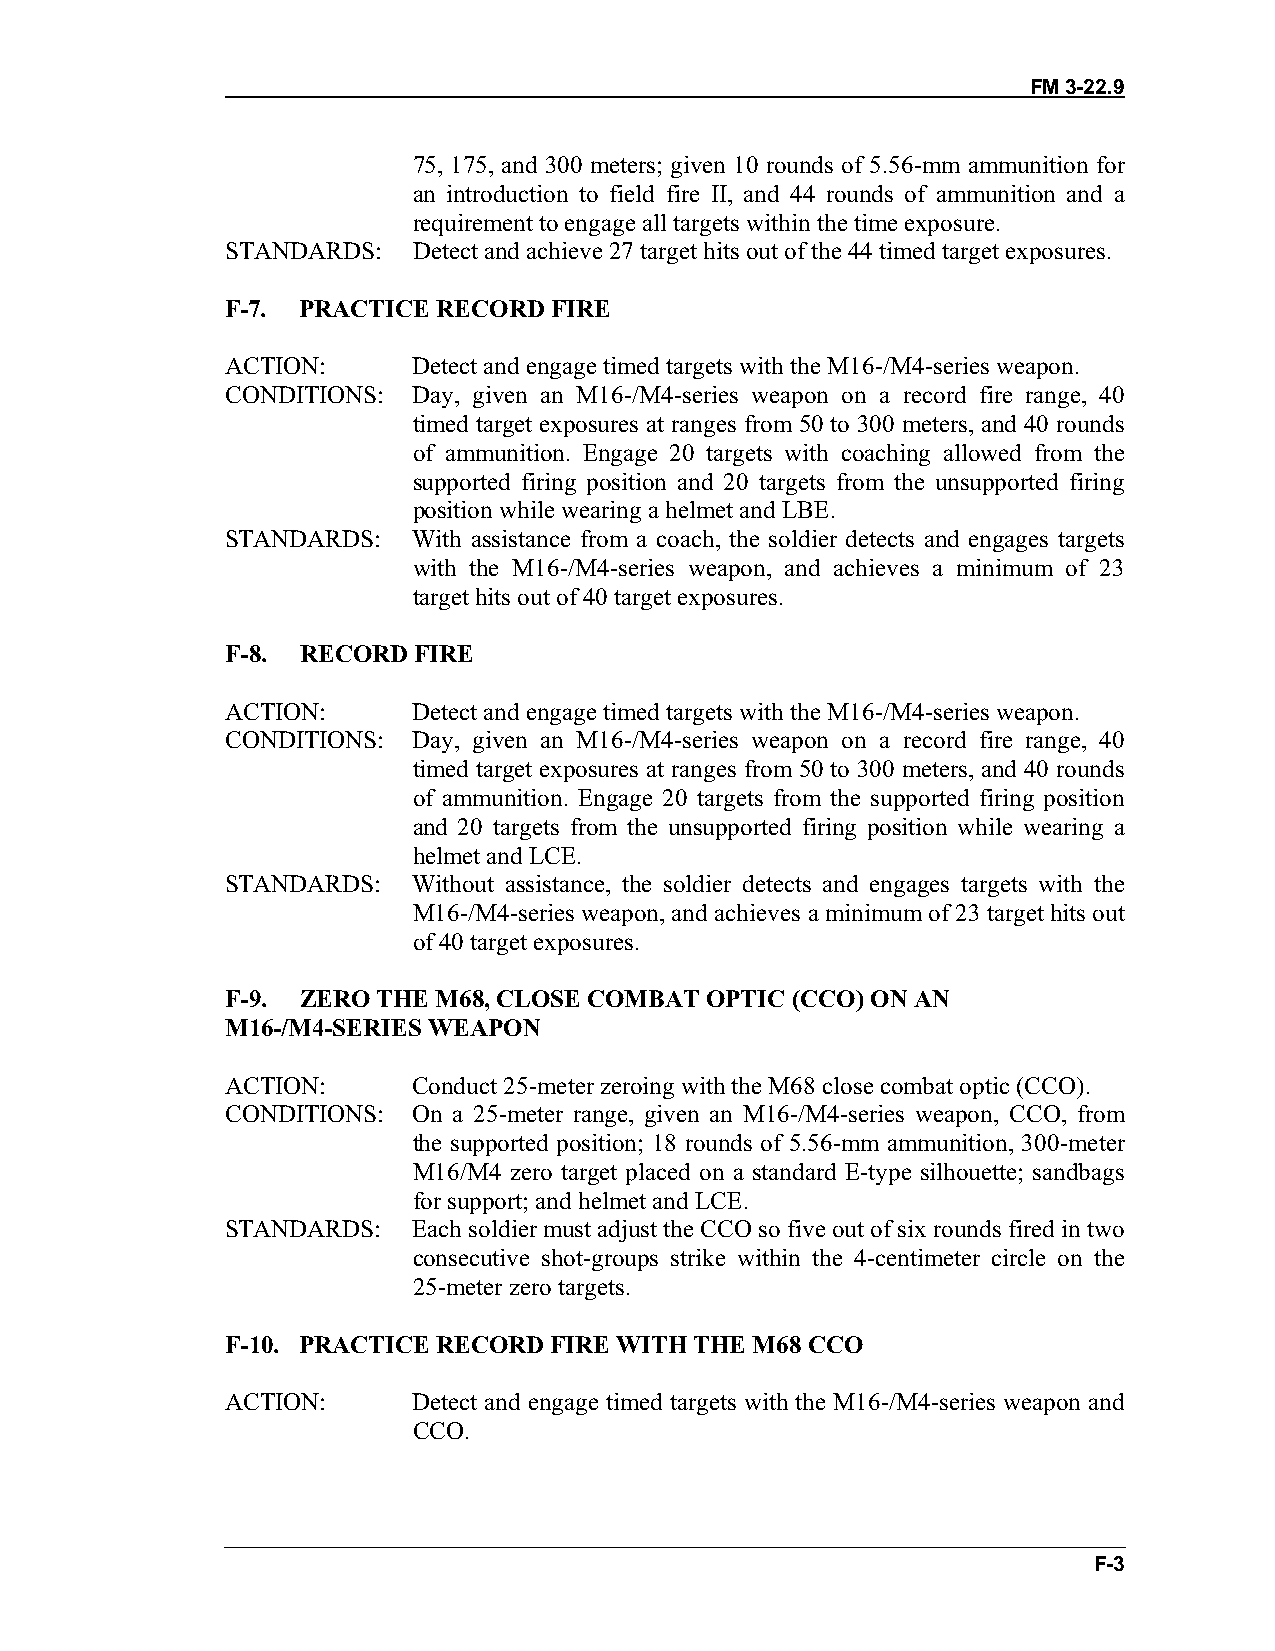
FM 3-22.9
 75, 175, and 300 meters; given 10 rounds of 5.56-mm ammunition for
 an introduction to field fire II, and 44 rounds of ammunition and a
 requirement to engage all targets within the time exposure.
 STANDARDS:  Detect and achieve 27 target hits out of the 44 timed target exposures.
 F-7. PRACTICE RECORD FIRE
 ACTION:     Detect and engage timed targets with the M16-/M4-series weapon.
 CONDITIONS: Day, given an M16-/M4-series weapon on a record fire range, 40
 timed target exposures at ranges from 50 to 300 meters, and 40 rounds
 of ammunition. Engage 20 targets with coaching allowed from the
 supported firing position and 20 targets from the unsupported firing
 position while wearing a helmet and LBE.
 STANDARDS:  With assistance from a coach, the soldier detects and engages targets
 with the M16-/M4-series weapon, and achieves a minimum of 23
 target hits out of 40 target exposures.
 F-8. RECORD FIRE
 ACTION:     Detect and engage timed targets with the M16-/M4-series weapon.
 CONDITIONS: Day, given an M16-/M4-series weapon on a record fire range, 40
 timed target exposures at ranges from 50 to 300 meters, and 40 rounds
 of ammunition. Engage 20 targets from the supported firing position
 and 20 targets from the unsupported firing position while wearing a
 helmet and LCE.
 STANDARDS:  Without assistance, the soldier detects and engages targets with the
 M16-/M4-series weapon, and achieves a minimum of 23 target hits out
 of 40 target exposures.
 F-9. ZERO THE M68, CLOSE COMBAT OPTIC (CCO) ON AN
 M16-/M4-SERIES WEAPON
 ACTION:     Conduct 25-meter zeroing with the M68 close combat optic (CCO).
 CONDITIONS: On a 25-meter range, given an M16-/M4-series weapon, CCO, from
 the supported position; 18 rounds of 5.56-mm ammunition, 300-meter
 M16/M4 zero target placed on a standard E-type silhouette; sandbags
 for support; and helmet and LCE.
 STANDARDS:  Each soldier must adjust the CCO so five out of six rounds fired in two
 consecutive shot-groups strike within the 4-centimeter circle on the
 25-meter zero targets.
 F-10. PRACTICE RECORD FIRE WITH THE M68 CCO
 ACTION:     Detect and engage timed targets with the M16-/M4-series weapon and
 CCO.
 F-3